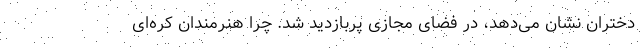
دختران نشان می‌دهد، در فضای مجازی پربازدید شد. چرا هنرمندان کره‌ای